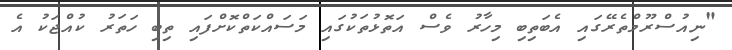
"ނިއުސްރޫމްތެރޭގައި އެބަތިބި މިހާރު ވެސް އަތޮޅުތަކުގައި މަސައްކަތްކޮށްފައި ތިބި ހަތަރު ކުއްޖަކު އެ